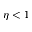
\eta < 1